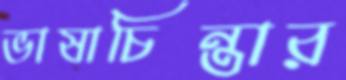
ভাষাচিন্তার